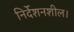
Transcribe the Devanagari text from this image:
निर्देशनशील।